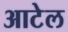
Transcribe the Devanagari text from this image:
आटेल